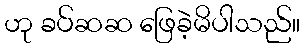
ဟု ခပ်ဆဆ ဖြေခဲ့မိပါသည်။